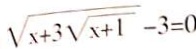
\sqrt { x + 3 \sqrt { x + 1 } } - 3 = 0